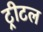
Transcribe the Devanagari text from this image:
ट्रीटल